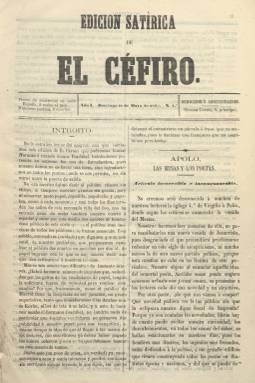
Título: Edición satírica de El Céfiro
Colección: Revistas satíricas y humorísticas || Cultura
Ámbito geográfico: Madrid
Lugar de publicación: Madrid
Fechas: 22/05/1864-29/05/1864

Los artífices del semanario literario El Céfiro, que había comenzado una “época segunda” el tres de abril de 1864, sacan también esta edición con el objeto de, probablemente, competir con el festivo El Cascabel (1863), que había fundado Carlos Frontaura, en un momento en el que proliferan este tipo de publicaciones en la capital de la Monarquía. Su primera entrega es del 22 de mayo de ese año, una vez que Ernesto de la Calle había sustituido a Gonzalo de Zamorano en la dirección de El Céfiro, apareciendo también como “fundador” Joaquín Martínez Tomás y como editor responsable, Tirso Contreras. La redacción y administración es la misma, y sale asimismo de la imprenta madrileña de P. Conesa.

La colección de este título en la Biblioteca Nacional de España la integran solo dos entregas dominicales, la citada y la del 29 de mayo, que son de cuatro páginas y a doble columna. La diferencia formal entre ambas es el gran grabado que inserta en la cabecera la segunda. Publica en sus páginas artículos y comentarios sueltos en prosa y versos, todos ellos de carácter festivo, satírico y polémico con otras publicaciones del mismo carácter y personajes de la Corte, firmados todos ellos con seudónimos: Balandrán, Sagitario, Trampolín, El Bachiller Tijeras o Espinilla. Tanto El Céfiro como esta Edición satírica, que tenía venta callejera, no debieron de pervivir mucho más tiempo en la palestra de la prensa madrileña.